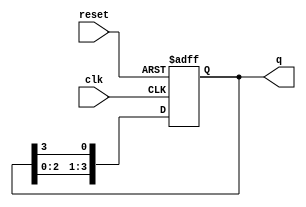
module ring_counter #(
    parameter N = 4  // Number of flip-flops
)(
    input wire clk,      // Clock input
    input wire reset,    // Reset input
    output reg [N-1:0] q // Output state of the ring counter
);

// Initial state
initial begin
    q = 1'b1; // Set the initial state to 1000 for N=4
end

// Always block for state transition
always @(posedge clk or posedge reset) begin
    if (reset) begin
        q <= 1'b1; // Reset to initial state (only the first flip-flop is high)
    end else begin
        q <= {q[N-2:0], q[N-1]}; // Shift the high bit to the right
    end
end

endmodule